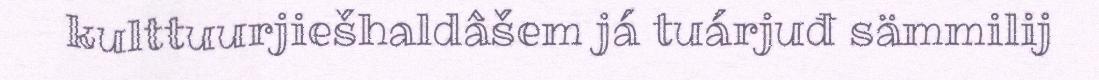
kulttuurjiešhaldâšem já tuárjuđ sämmilij